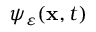
\psi _ { \varepsilon } ( \mathbf { x } , t )